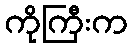
ကိုကြီးက